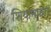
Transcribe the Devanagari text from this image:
शियानफंग